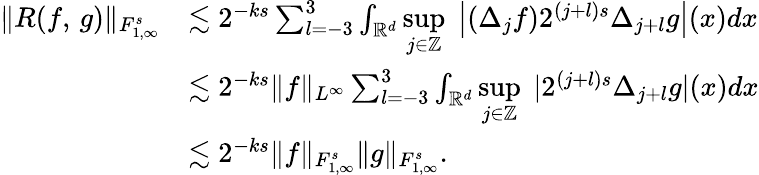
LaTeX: \begin{array}{rl}{\| R(f,\, g)\| _{{F}_{1,\infty}^{s}}}&{\lesssim 2^{-ks}\sum_{l=-3}^{3}\int_{\mathbb{R}^{d}}\underset{j\in\mathbb{Z}}{\operatorname*{sup}}\; \left|(\Delta_{j}f)2^{(j+l)s}\Delta_{j+l}g\right|(x)dx}\\ &{\lesssim 2^{-ks}\| f\| _{L^{\infty}}\sum_{l=-3}^{3}\int_{\mathbb{R}^{d}}\underset{j\in\mathbb{Z}}{\operatorname*{sup}}\; |2^{(j+l)s}\Delta_{j+l}g|(x)dx}\\ &{\lesssim 2^{-ks}\| f\| _{{F}_{1,\infty}^{s}}\| g\| _{{F}_{1,\infty}^{s}}.}\end{array}